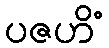
ပဇဟိံ